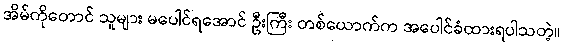
အိမ်ကိုတောင် သူများ မပေါင်ရအောင် ဦးကြီး တစ်ယောက်က အပေါင်ခံထားရပါသတဲ့။